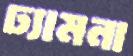
ঢ্যামনা